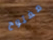
مفتوح